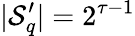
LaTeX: |\mathcal{S}_{q}^{\prime}|=2^{\tau-1}